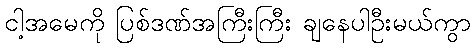
ငါ့အမေကို ပြစ်ဒဏ်အကြီးကြီး ချနေပါဦးမယ်ကွာ